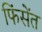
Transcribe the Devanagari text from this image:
फिंसेंत